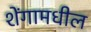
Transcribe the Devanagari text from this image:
शेंगामधील